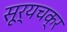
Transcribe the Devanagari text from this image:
सूर्यचक्र